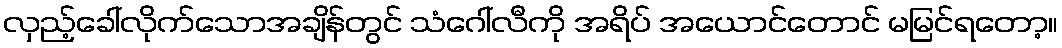
လှည့်ခေါ်လိုက်သောအချိန်တွင် သံဂေါ်လီကို အရိပ် အယောင်တောင် မမြင်ရတော့။